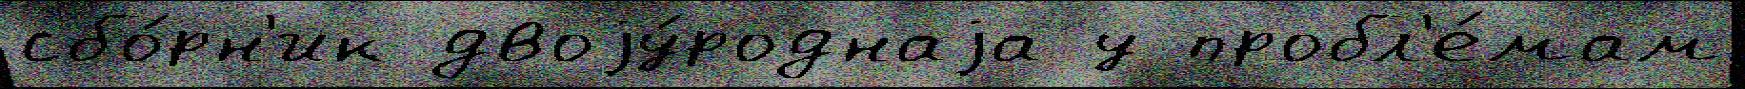
сбо́рн'ик двоjу́роднаjа у пробл'е́мам